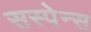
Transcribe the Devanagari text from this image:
सस्पेन्स